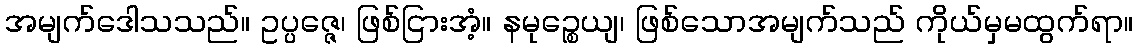
အမျက်ဒေါသသည်။ ဥပ္ပဇ္ဇေ၊ ဖြစ်ငြားအံ့။ နမုဉ္စေယျ၊ ဖြစ်သောအမျက်သည် ကိုယ်မှမထွက်ရာ။